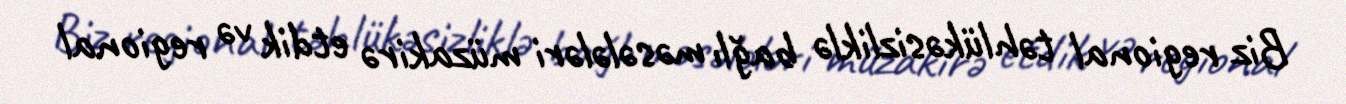
Biz regional təhlükəsizliklə bağlı məsələləri müzakirə etdik və regional